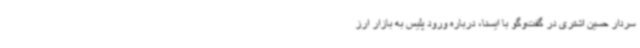
سردار حسین اشتری در گفت‌وگو با ایسنا، درباره ورود پلیس به بازار ارز